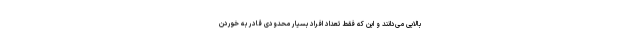
بالایی می‌دانند و این که فقط تعداد افراد بسیار محدودی قادر به خوردن